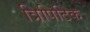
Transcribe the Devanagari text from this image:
त्रिपिटिक